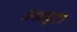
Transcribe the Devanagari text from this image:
इकठ्‌टा